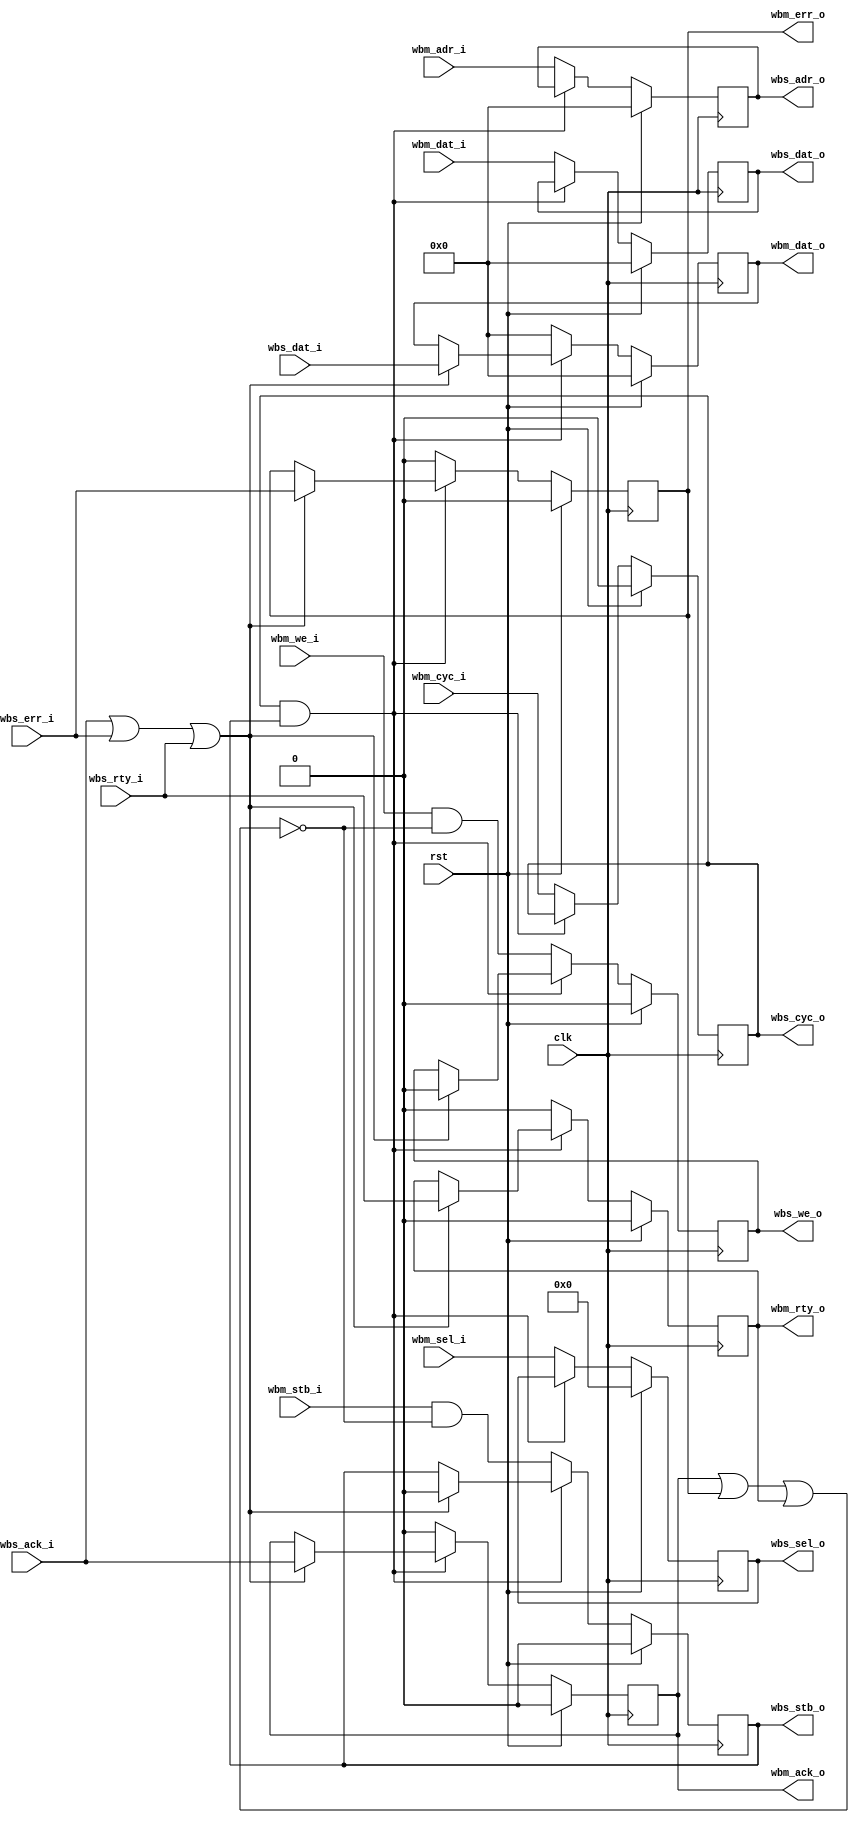
module wb_reg #
(
    parameter DATA_WIDTH = 32,                  // width of data bus in bits (8, 16, 32, or 64)
    parameter ADDR_WIDTH = 32,                  // width of address bus in bits
    parameter SELECT_WIDTH = (DATA_WIDTH/8)     // width of word select bus (1, 2, 4, or 8)
)
(
    input  wire                    clk,
    input  wire                    rst,

    // master side
    input  wire [ADDR_WIDTH-1:0]   wbm_adr_i,   // ADR_I() address
    input  wire [DATA_WIDTH-1:0]   wbm_dat_i,   // DAT_I() data in
    output wire [DATA_WIDTH-1:0]   wbm_dat_o,   // DAT_O() data out
    input  wire                    wbm_we_i,    // WE_I write enable input
    input  wire [SELECT_WIDTH-1:0] wbm_sel_i,   // SEL_I() select input
    input  wire                    wbm_stb_i,   // STB_I strobe input
    output wire                    wbm_ack_o,   // ACK_O acknowledge output
    output wire                    wbm_err_o,   // ERR_O error output
    output wire                    wbm_rty_o,   // RTY_O retry output
    input  wire                    wbm_cyc_i,   // CYC_I cycle input

    // slave side
    output wire [ADDR_WIDTH-1:0]   wbs_adr_o,   // ADR_O() address
    input  wire [DATA_WIDTH-1:0]   wbs_dat_i,   // DAT_I() data in
    output wire [DATA_WIDTH-1:0]   wbs_dat_o,   // DAT_O() data out
    output wire                    wbs_we_o,    // WE_O write enable output
    output wire [SELECT_WIDTH-1:0] wbs_sel_o,   // SEL_O() select output
    output wire                    wbs_stb_o,   // STB_O strobe output
    input  wire                    wbs_ack_i,   // ACK_I acknowledge input
    input  wire                    wbs_err_i,   // ERR_I error input
    input  wire                    wbs_rty_i,   // RTY_I retry input
    output wire                    wbs_cyc_o    // CYC_O cycle output
);

reg [DATA_WIDTH-1:0] wbm_dat_o_reg = 0;
reg wbm_ack_o_reg = 0;
reg wbm_err_o_reg = 0;
reg wbm_rty_o_reg = 0;

reg [ADDR_WIDTH-1:0] wbs_adr_o_reg = 0;
reg [DATA_WIDTH-1:0] wbs_dat_o_reg = 0;
reg wbs_we_o_reg = 0;
reg [SELECT_WIDTH-1:0] wbs_sel_o_reg = 0;
reg wbs_stb_o_reg = 0;
reg wbs_cyc_o_reg = 0;

assign wbm_dat_o = wbm_dat_o_reg;
assign wbm_ack_o = wbm_ack_o_reg;
assign wbm_err_o = wbm_err_o_reg;
assign wbm_rty_o = wbm_rty_o_reg;

assign wbs_adr_o = wbs_adr_o_reg;
assign wbs_dat_o = wbs_dat_o_reg;
assign wbs_we_o = wbs_we_o_reg;
assign wbs_sel_o = wbs_sel_o_reg;
assign wbs_stb_o = wbs_stb_o_reg;
assign wbs_cyc_o = wbs_cyc_o_reg;

always @(posedge clk) begin
    if (rst) begin
        wbm_dat_o_reg <= 0;
        wbm_ack_o_reg <= 0;
        wbm_err_o_reg <= 0;
        wbm_rty_o_reg <= 0;
        wbs_adr_o_reg <= 0;
        wbs_dat_o_reg <= 0;
        wbs_we_o_reg <= 0;
        wbs_sel_o_reg <= 0;
        wbs_stb_o_reg <= 0;
        wbs_cyc_o_reg <= 0;
    end else begin
        if (wbs_cyc_o_reg & wbs_stb_o_reg) begin
            // cycle - hold values
            if (wbs_ack_i | wbs_err_i | wbs_rty_i) begin
                // end of cycle - pass through slave to master
                wbm_dat_o_reg <= wbs_dat_i;
                wbm_ack_o_reg <= wbs_ack_i;
                wbm_err_o_reg <= wbs_err_i;
                wbm_rty_o_reg <= wbs_rty_i;
                wbs_we_o_reg <= 0;
                wbs_stb_o_reg <= 0;
            end
        end else begin
            // idle - pass through master to slave
            wbm_dat_o_reg <= 0;
            wbm_ack_o_reg <= 0;
            wbm_err_o_reg <= 0;
            wbm_rty_o_reg <= 0;
            wbs_adr_o_reg <= wbm_adr_i;
            wbs_dat_o_reg <= wbm_dat_i;
            wbs_we_o_reg <= wbm_we_i & ~(wbm_ack_o | wbm_err_o | wbm_rty_o);
            wbs_sel_o_reg <= wbm_sel_i;
            wbs_stb_o_reg <= wbm_stb_i & ~(wbm_ack_o | wbm_err_o | wbm_rty_o);
            wbs_cyc_o_reg <= wbm_cyc_i;
        end
    end
end

endmodule